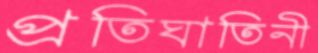
প্রতিঘাতিনী